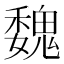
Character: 魏